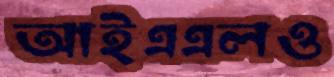
আইএএলও